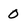
Character: 0